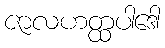
ဇာလဟတ္ထပါဒေါ